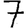
Digit: 7